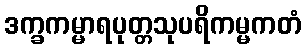
ဒက္ခကမ္မာရပုတ္တသုပရိကမ္မကတံ